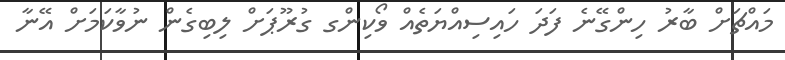
މައްޗަށް ބާރު ހިންގޭނެ ފަދަ ހައިސިއްޔަތެއް ވޯކިންގ ގުރޫޕަށް ލިބިގެން ނުވާކަމަށް އޭނާ